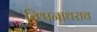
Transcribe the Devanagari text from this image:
विश्वनाथराव